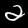
Digit: 2